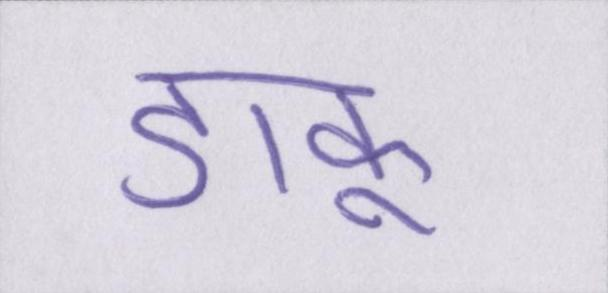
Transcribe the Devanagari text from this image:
डाकू